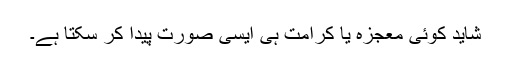
شاید کوئی معجزہ یا کرامت ہی ایسی صورت پیدا کر سکتا ہے۔